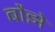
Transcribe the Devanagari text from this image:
बौझे